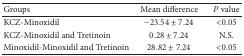
<table><thead><tr><td><b>Groups</b></td><td><b>Mean difference</b></td><td><b><i>P</i> value</b></td></tr></thead><tbody><tr><td>KCZ-Minoxidil</td><td>−23.54 ± 7.24</td><td>&lt;0.05</td></tr><tr><td>KCZ-Minoxidil and Tretinoin</td><td>0.28 ± 7.24</td><td>N.S.</td></tr><tr><td>Minoxidil-Minoxidil and Tretinoin</td><td>28.82 ± 7.24</td><td>&lt;0.05</td></tr></tbody></table>